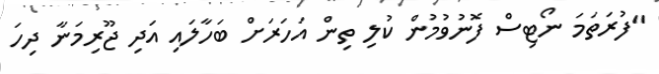
"ފުރަތަމަ ނޯޓިސް ފޮނުވުމުން ކުލި ތިން އަހަރަށް ބަހާލައި އަދި ޖޫރިމަނާ ދިހަ